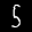
Label: 5